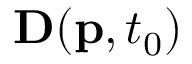
\mathbf { D } ( \mathbf { p } , t _ { 0 } )